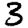
Digit: 3